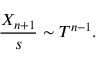
{ \frac { X _ { n + 1 } } { s } } \sim T ^ { n - 1 } .